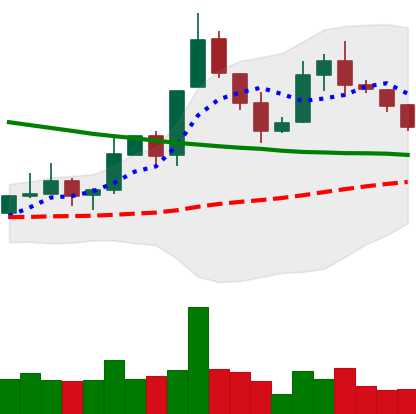
Ticker: XLM-USD
Chart end date: 2019-11-15
Forward return: -9.446%
Label: down_7plus